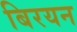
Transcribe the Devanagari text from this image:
बिरयन